Rangoon Lunatic Asylum 1898-1906 - 1898-1906
Year: 1898
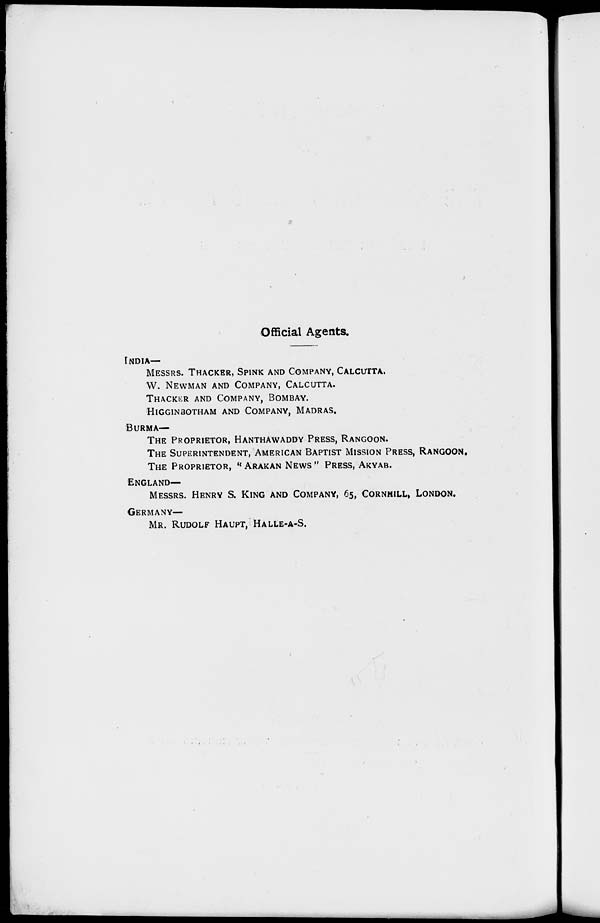
Official Agents.
INDIA—
MESSRS. THACKER, SPINK AND COMPANY, CALCUTTA.
W. NEWMAN AND COMPANY, CALCUTTA.
THACKER AND COMPANY, BOMBAY.
HIGGINBOTHAM AND COMPANY, MADRAS.
BURMA—
THE PROPRIETOR, HANTHAWADDY PRESS, RANGOON.
THE SUPERINTENDENT, AMERICAN BAPTIST MISSION PRESS, RANGOON.
THE PROPRIETOR, " ARAKAN NEWS" PRESS, AKYAB.
ENGLAND—
MESSRS. HENRY S. KING AND COMPANY, 65, CORNHILL, LONDON.
GERMANY—
MR. RUDOLF HAUPT, HALLE-A-S.